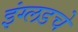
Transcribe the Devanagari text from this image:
इंग्लडचे